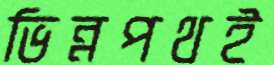
ভিন্নপথই